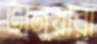
ভানুয়ারা